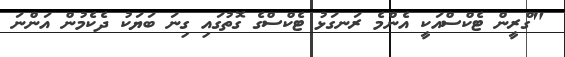
"ގްރީން ޓެކްސްއަކީ އެންމެ ރަނގަޅު ޓެކްސްގެ ގޮތުގައި ގިނަ ބަޔަކު ދެކެމުން އަންނަ